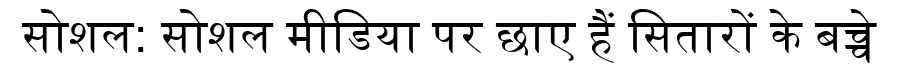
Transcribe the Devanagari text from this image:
सोशल: सोशल मीडिया पर छाए हैं सितारों के बच्चे